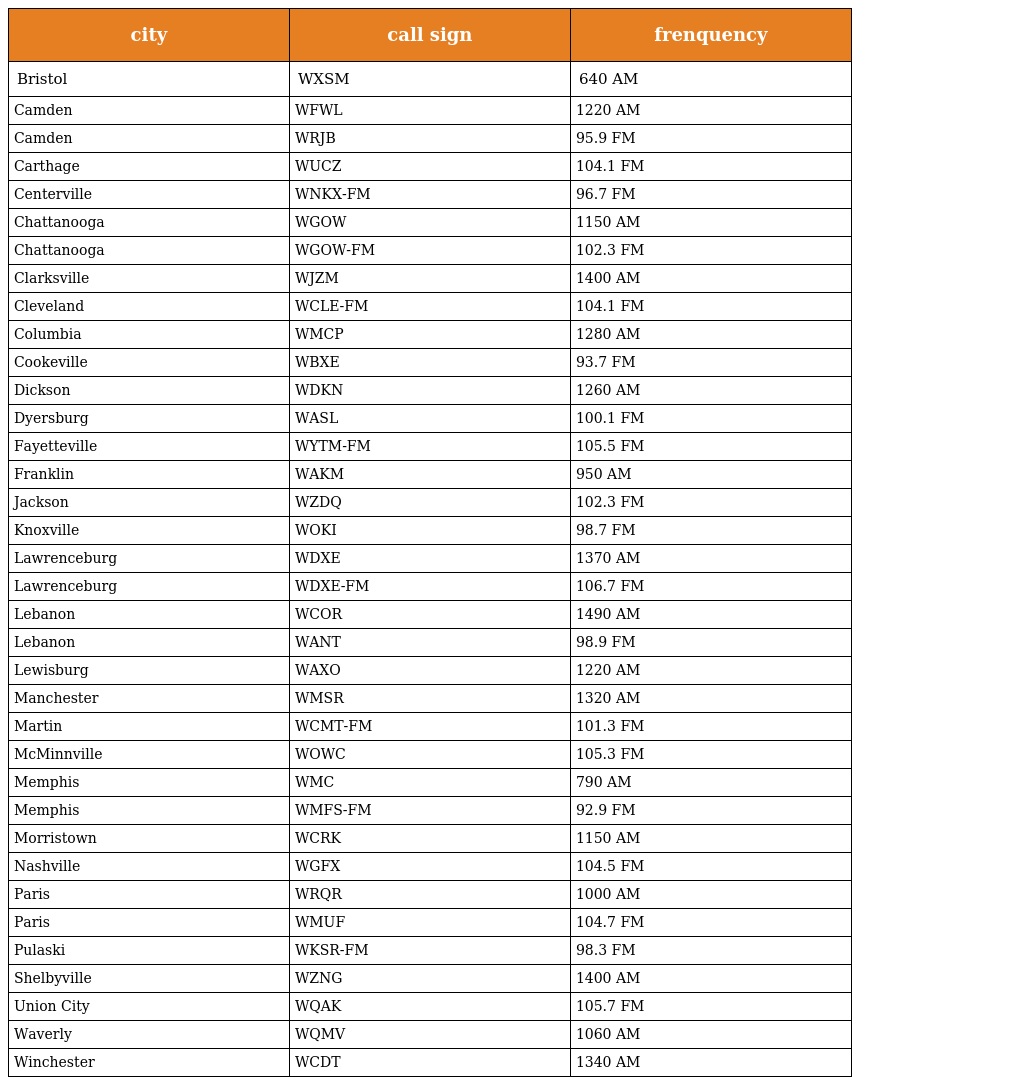
| city | call sign | frenquency |
 | --- | --- | --- |
 | Bristol | WXSM | 640 AM |
 | Camden | WFWL | 1220 AM |
 | Camden | WRJB | 95.9 FM |
 | Carthage | WUCZ | 104.1 FM |
 | Centerville | WNKX-FM | 96.7 FM |
 | Chattanooga | WGOW | 1150 AM |
 | Chattanooga | WGOW-FM | 102.3 FM |
 | Clarksville | WJZM | 1400 AM |
 | Cleveland | WCLE-FM | 104.1 FM |
 | Columbia | WMCP | 1280 AM |
 | Cookeville | WBXE | 93.7 FM |
 | Dickson | WDKN | 1260 AM |
 | Dyersburg | WASL | 100.1 FM |
 | Fayetteville | WYTM-FM | 105.5 FM |
 | Franklin | WAKM | 950 AM |
 | Jackson | WZDQ | 102.3 FM |
 | Knoxville | WOKI | 98.7 FM |
 | Lawrenceburg | WDXE | 1370 AM |
 | Lawrenceburg | WDXE-FM | 106.7 FM |
 | Lebanon | WCOR | 1490 AM |
 | Lebanon | WANT | 98.9 FM |
 | Lewisburg | WAXO | 1220 AM |
 | Manchester | WMSR | 1320 AM |
 | Martin | WCMT-FM | 101.3 FM |
 | McMinnville | WOWC | 105.3 FM |
 | Memphis | WMC | 790 AM |
 | Memphis | WMFS-FM | 92.9 FM |
 | Morristown | WCRK | 1150 AM |
 | Nashville | WGFX | 104.5 FM |
 | Paris | WRQR | 1000 AM |
 | Paris | WMUF | 104.7 FM |
 | Pulaski | WKSR-FM | 98.3 FM |
 | Shelbyville | WZNG | 1400 AM |
 | Union City | WQAK | 105.7 FM |
 | Waverly | WQMV | 1060 AM |
 | Winchester | WCDT | 1340 AM |